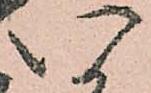
い